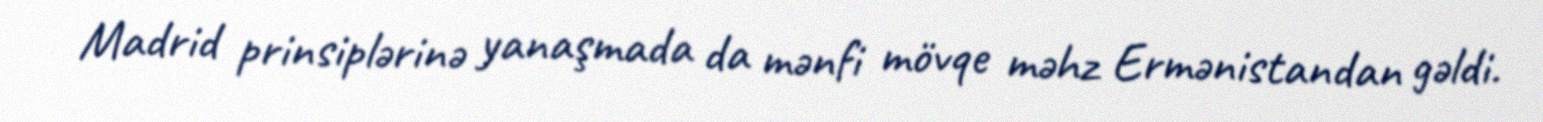
Madrid prinsiplərinə yanaşmada da mənfi mövqe məhz Ermənistandan gəldi.